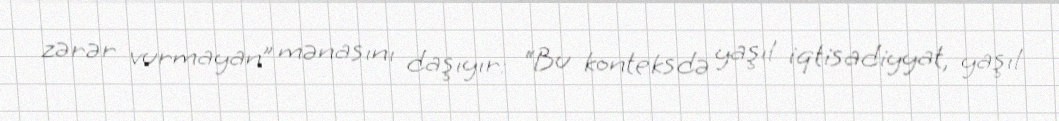
zərər vurmayan” mənasını daşıyır: “Bu konteksdə yaşıl iqtisadiyyat, yaşıl